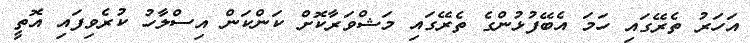
އަހަރު ތެރޭގައި ހަމަ އެބޭފުޅުންގެ ތެރޭގައި މަޝްވަރާކޮށް ކަންކަން އިސްލާހު ކުރެވިފައި އޮތީ